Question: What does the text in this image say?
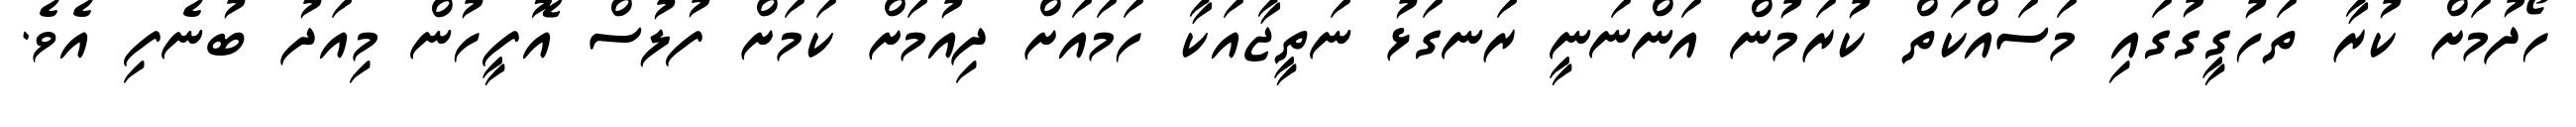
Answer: ހޯދުމަށް ކުރާ ތަހުގީގުގައި މަސައްކަތް ކުރަމުން އަންނަނީ ރަނގަޅު ނަތީޖާއަކާ ހަމައަށް ދިއުމަށް ކަމަށް ފުލުސް އޮފީހުން މިއަދު ބުނެފި އެވެ.